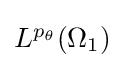
{\textstyle L^{p_{\theta }}(\Omega _{1})}